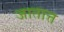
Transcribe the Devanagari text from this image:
जातात्त